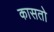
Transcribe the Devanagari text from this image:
कासतो